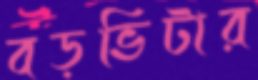
বড়ভিটার